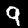
Label: 9